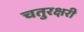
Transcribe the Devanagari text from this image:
चतुरक्षरी